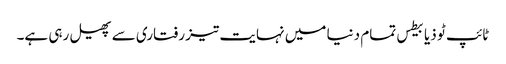
ٹائپ ٹو ذیابیطس تمام دنیا میں نہایت تیز رفتاری سے پھیل رہی ہے۔